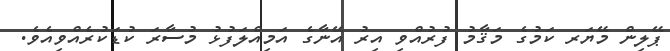
ޕޭލިން މޭޔަރ ކަމުގެ މަޤާމު ފުރުއްވި އިރު އޭނާގެ އަމިއްލަފުޅު މުސާރަ ކުޑަކުރެއްވިއެވެ.